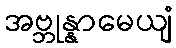
အဗ္ဘုန္နာမေယျံ